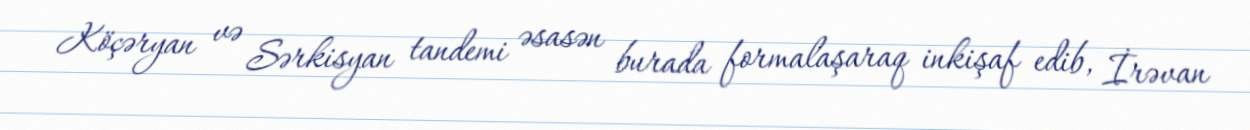
Köçəryan və Sərkisyan tandemi əsasən burada formalaşaraq inkişaf edib, İrəvan